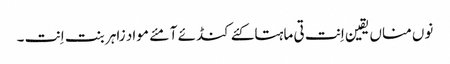
نوں مناں یقین اِنت تی ماہتاکئے کنڈئے آ مئے مواد زاہر بنت اِنت ۔